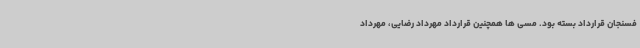
فسنجان قرارداد بسته بود. مسی ها همچنین قرارداد مهرداد رضایی، مهرداد